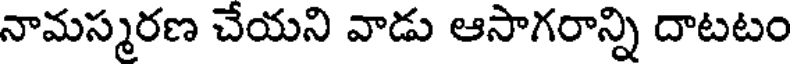
నామస్మరణ చేయని వాడు ఆసాగరాన్ని దాటటం